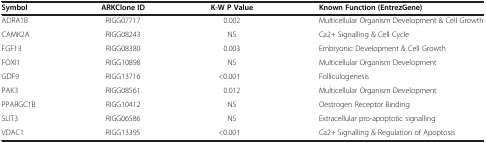
| Symbol | ARKClone ID | K-W P Value | Known Function (EntrezGene) |
 | --- | --- | --- | --- |
 | ADRA1B | RIGG07717 | 0.002 | Multicellular Organism Development & Cell Growth |
 | CAMK2A | RIGG08243 | NS | Ca2+ Signalling & Cell Cycle |
 | FGF13 | RIGG08380 | 0.003 | Embryonic Development & Cell Growth |
 | FOXI1 | RIGG10898 | NS | Multicellular Organism Development |
 | GDF9 | RIGG13716 | <0.001 | Folliculogenesis |
 | PAK3 | RIGG08561 | 0.012 | Multicellular Organism Development |
 | PPARGC1B | RIGG10412 | NS | Oestrogen Receptor Binding |
 | SLIT3 | RIGG06586 | NS | Extracellular pro-apoptotic signalling |
 | VDAC1 | RIGG13395 | <0.001 | Ca2+ Signalling & Regulation of Apoptosis |